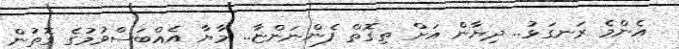
އެންމެ ރަނގަޅު.. ދިޔާން އަށް ތިގޮތް ފެންނަންޏާ.. މާޔާ އެއްބަސްވުމުގެ ގޮތުން